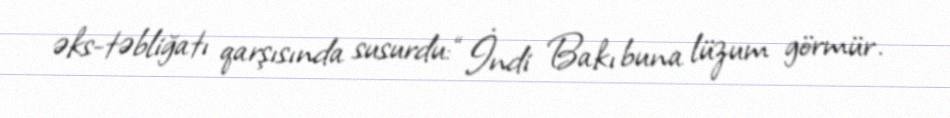
əks-təbliğatı qarşısında susurdu: “İndi Bakı buna lüzum görmür.